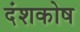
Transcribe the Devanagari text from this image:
दंशकोष